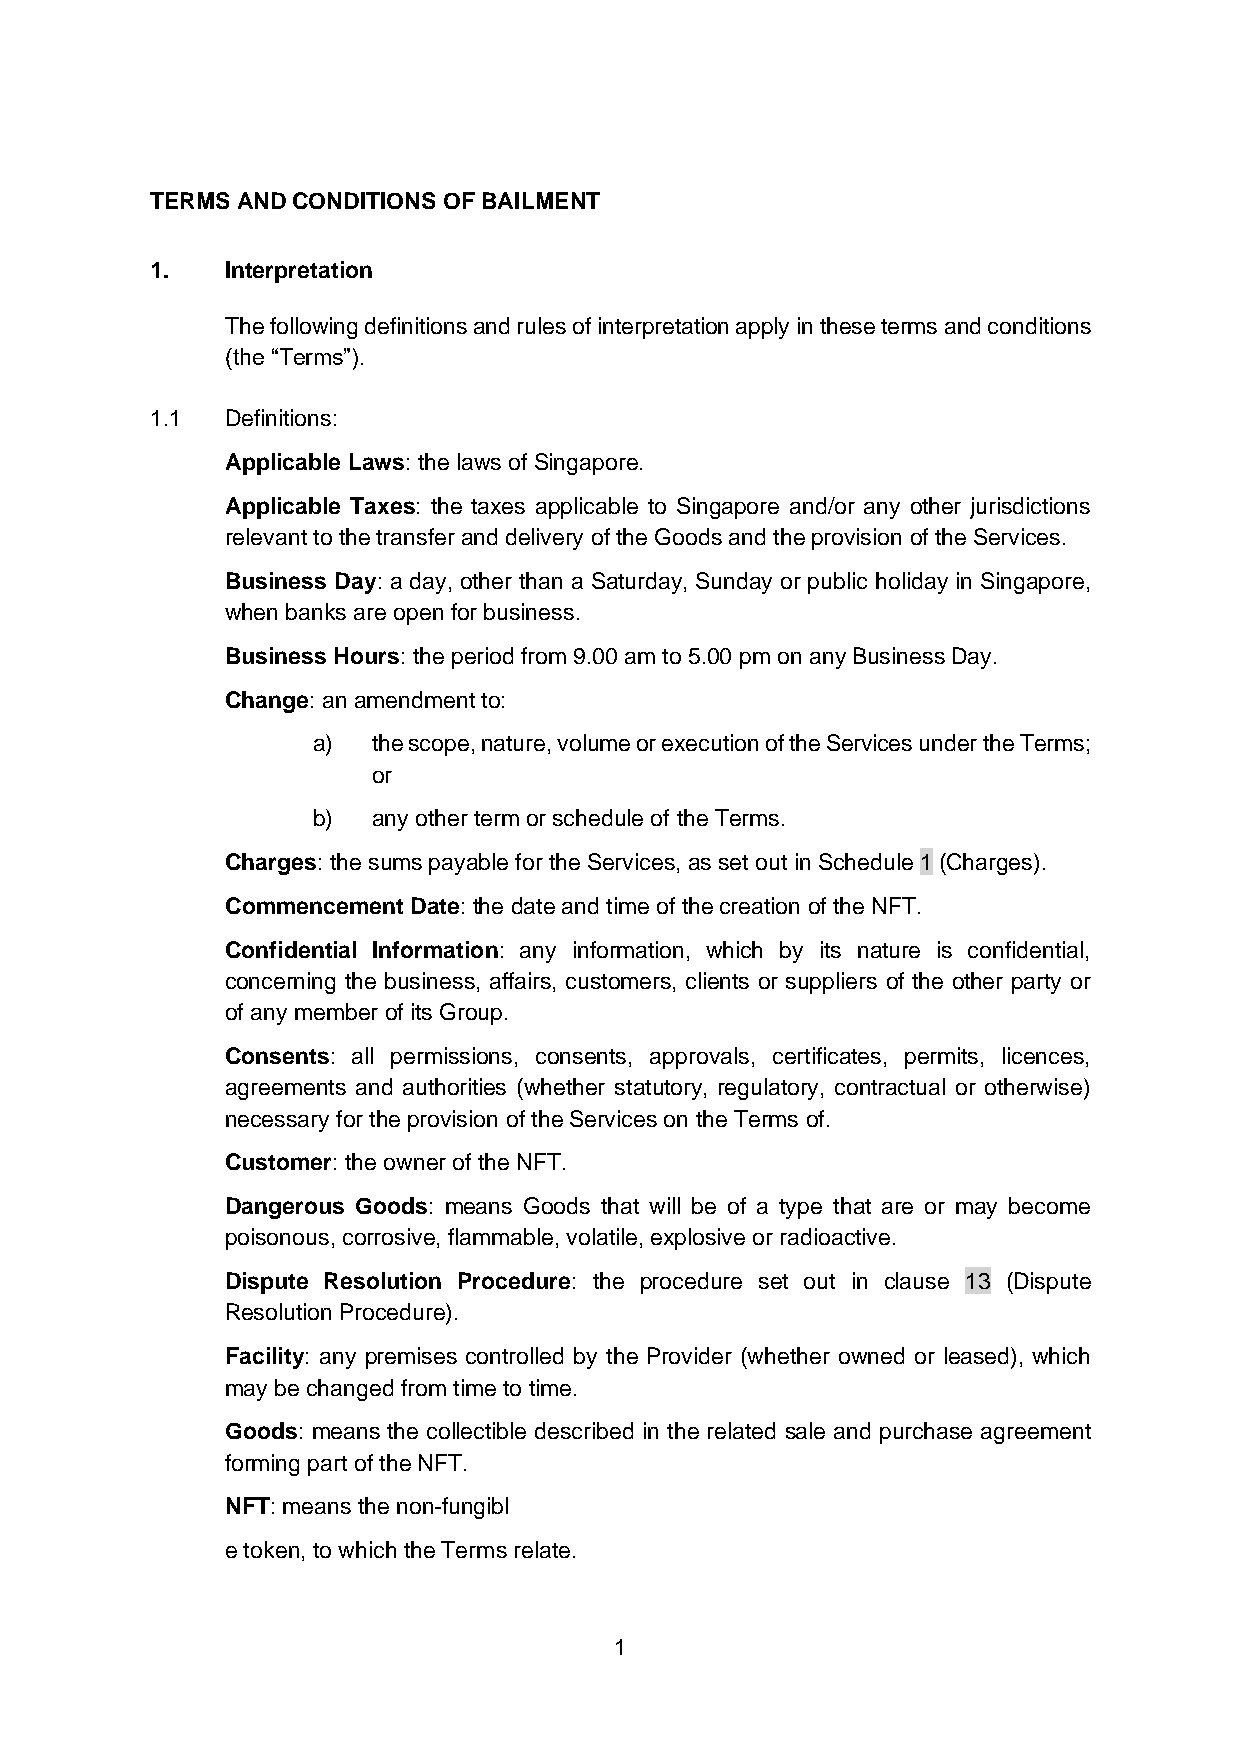
TERMS AND CONDITIONS OF BAILMENT
 1.   Interpretation
 The following definitions and rules of interpretation apply in these terms and conditions
 (the “Terms”).
 1.1  Definitions:
 Applicable Laws: the laws of Singapore.
 Applicable Taxes: the taxes applicable to Singapore and/or any other jurisdictions
 relevant to the transfer and delivery of the Goods and the provision of the Services.
 Business Day: a day, other than a Saturday, Sunday or public holiday in Singapore,
 when banks are open for business.
 Business Hours: the period from 9.00 am to 5.00 pm on any Business Day.
 Change: an amendment to:
 a)  the scope, nature, volume or execution of the Services under the Terms;
 or
 b)  any other term or schedule of the Terms.
 Charges: the sums payable for the Services, as set out in Schedule 1 (Charges).
 Commencement Date: the date and time of the creation of the NFT.
 Confidential Information: any information, which by its nature is confidential,
 concerning the business, affairs, customers, clients or suppliers of the other party or
 of any member of its Group.
 Consents: all permissions, consents, approvals, certificates, permits, licences,
 agreements and authorities (whether statutory, regulatory, contractual or otherwise)
 necessary for the provision of the Services on the Terms of.
 Customer: the owner of the NFT.
 Dangerous Goods: means Goods that will be of a type that are or may become
 poisonous, corrosive, flammable, volatile, explosive or radioactive.
 Dispute Resolution Procedure: the procedure set out in clause 13 (Dispute
 Resolution Procedure).
 Facility: any premises controlled by the Provider (whether owned or leased), which
 may be changed from time to time.
 Goods: means the collectible described in the related sale and purchase agreement
 forming part of the NFT.
 NFT: means the non-fungibl
 e token, to which the Terms relate.
 1